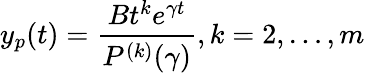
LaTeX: y_{p}(t)={\frac{Bt^{k}e^{\gamma t}}{P^{(k)}(\gamma)}},k=2,\ldots,m